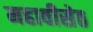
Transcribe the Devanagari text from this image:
महावीसेठ